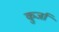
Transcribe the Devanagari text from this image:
कुर्जा